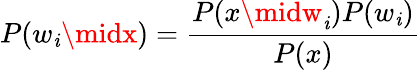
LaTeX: P(w_{\mathit{i}}\midx)={\frac{{P(x\midw_{\mathit{i}})P(w_{\mathit{i}})}}{{P(x)}}}